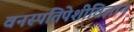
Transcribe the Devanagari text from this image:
वनस्पतिपेशीविज्ञान